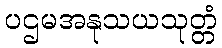
ပဌမအနုသယသုတ္တံ